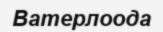
Ватерлоода